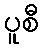
ပူစီ